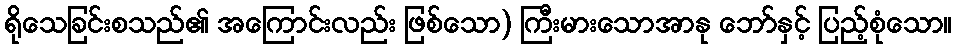
ရိုသေခြင်းစသည်၏ အကြောင်းလည်း ဖြစ်သော) ကြီးမားသောအာနု ဘော်နှင့် ပြည့်စုံသော။